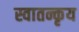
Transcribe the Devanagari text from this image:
स्वातन्कृय